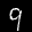
Label: 9